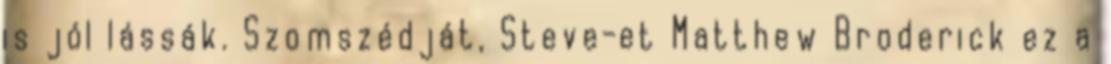
is jól lássák. Szomszédját, Steve-et Matthew Broderick ez a